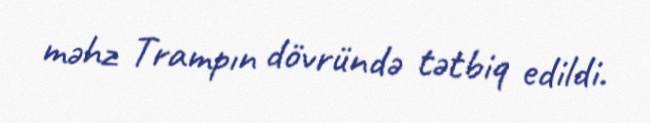
məhz Trampın dövründə tətbiq edildi.